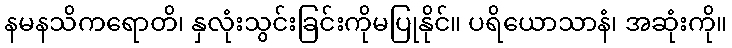
နမနသိကရောတိ၊ နှလုံးသွင်းခြင်းကိုမပြုနိုင်။ ပရိယောသာနံ၊ အဆုံးကို။